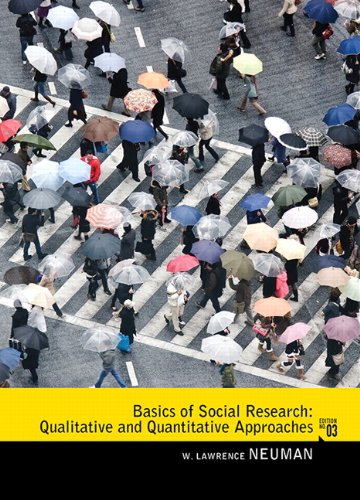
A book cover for Basics of Social Research: Qualitative and Quantitative Approaches (3rd Edition); W. Lawrence Neuman; Politics & Social Sciences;